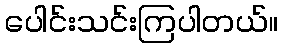
ပေါင်းသင်းကြပါတယ်။